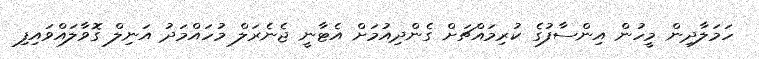
ހަމަލާދިން މީހުން އިންސާފުގެ ކުރިމައްޗަށް ގެންދިއުމަށް އެޓާނީ ޖެނެރަލް މުހައްމަދު އަނިލް ގޮވާލައްވައިފި